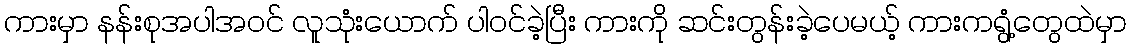
ကားမှာ နန်းစုအပါအဝင် လူသုံးယောက် ပါဝင်ခဲ့ပြီး ကားကို ဆင်းတွန်းခဲ့ပေမယ့် ကားကရွံ့တွေထဲမှာ